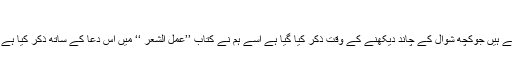
یہ فصل ہے ان کے بارے میں جسے ہم نے خود بنایا
ہے یہ دعا ہے جو کھانا کھاتے وقت ہم ذکر کریں گے ‘‘(۵۱) وہ مزید لکھتے ہیں جوکچھ شوال کے چاند دیکھنے کے وقت ذکر کیا گیا ہے اسے ہم نے کتاب ’’عمل الشعر ‘‘ میں اس دعا کے ساتھ ذکر کیا ہے جسے ہم نے خود بنایا ہے اور یہ دعا تمام مہینوں میں پڑھی جا سکتی ہے ۔